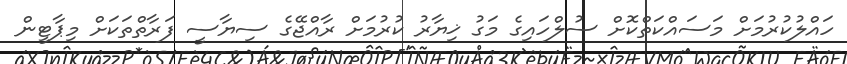
ހައްލުކުރުމަށް މަސައްކަތްކޮށް ސުލްހައިގެ މަގު ޚިޔާރު ކުރުމަށް ރާއްޖޭގެ ސިޔާސީ ފަރާތްތަކަށް މިޕާޓީން